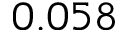
0 . 0 5 8